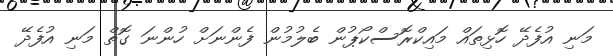
މަނި އުފެދޭ ހޮޅިތައް މައިކްރޮސްކޯޕުން ބެލުމުން ފެންނަށް ހުންނަ ގޮތް މަނި އުފެދޭ